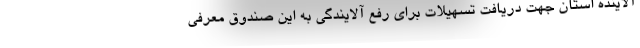
آلاینده استان جهت دریافت تسهیلات برای رفع آلایندگی به این صندوق معرفی